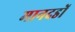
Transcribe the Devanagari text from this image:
मानदडों